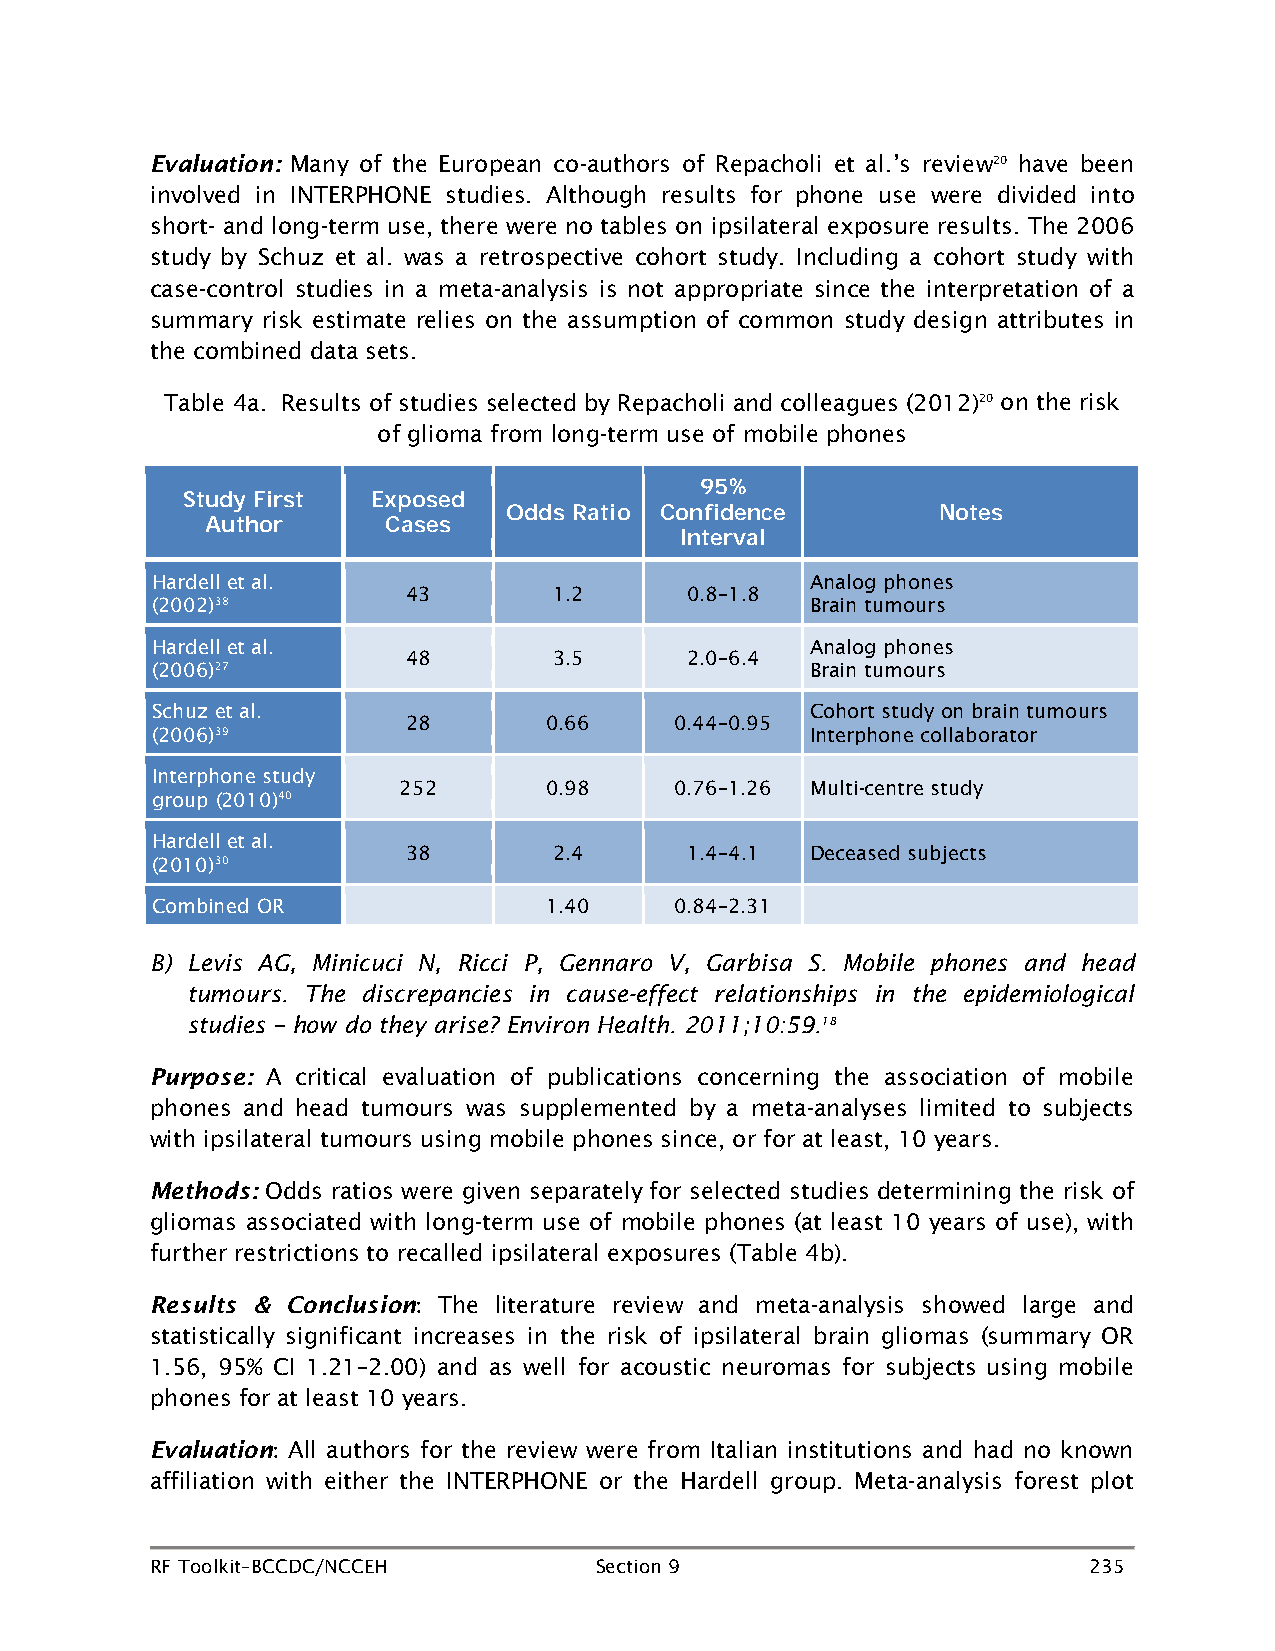
Evaluation: Many of the European co-authors of Repacholi et al.’s review20 have been
 involved in INTERPHONE studies. Although results for phone use were divided into
 short- and long-term use, there were no tables on ipsilateral exposure results. The 2006
 study by Schuz et al. was a retrospective cohort study. Including a cohort study with
 case-control studies in a meta-analysis is not appropriate since the interpretation of a
 summary risk estimate relies on the assumption of common study design attributes in
 the combined data sets.
 Table 4a. Results of studies selected by Repacholi and colleagues (2012)20 on the risk
 of glioma from long-term use of mobile phones
 95%
 Study First  Exposed
 Odds Ratio Confidence       Notes
 Author      Cases
 Interval
 Hardell et al.                              Analog phones
 43        1.2     0.8–1.8
 (2002)38                                    Brain tumours
 Hardell et al.                              Analog phones
 48        3.5     2.0–6.4
 (2006)27                                    Brain tumours
 Schuz et al.                                Cohort study on brain tumours
 28       0.66     0.44–0.95
 (2006)39                                    Interphone collaborator
 Interphone study
 252       0.98     0.76–1.26 Multi-centre study
 group (2010)40
 Hardell et al.
 38        2.4     1.4–4.1  Deceased subjects
 (2010)30
 Combined OR               1.40     0.84–2.31
 B) Levis AG, Minicuci N, Ricci P, Gennaro V, Garbisa S. Mobile phones and head
 tumours. The discrepancies in cause-effect relationships in the epidemiological
 studies – how do they arise? Environ Health. 2011;10:59.18
 Purpose: A critical evaluation of publications concerning the association of mobile
 phones and head tumours was supplemented by a meta-analyses limited to subjects
 with ipsilateral tumours using mobile phones since, or for at least, 10 years.
 Methods: Odds ratios were given separately for selected studies determining the risk of
 gliomas associated with long-term use of mobile phones (at least 10 years of use), with
 further restrictions to recalled ipsilateral exposures (Table 4b).
 Results & Conclusion The literature review and meta-analysis showed large and
 :
 statistically significant increases in the risk of ipsilateral brain gliomas (summary OR
 1.56, 95% CI 1.21–2.00) and as well for acoustic neuromas for subjects using mobile
 phones for at least 10 years.
 Evaluation All authors for the review were from Italian institutions and had no known
 :
 affiliation with either the INTERPHONE or the Hardell group. Meta-analysis forest plot
 RF Toolkit–BCCDC/NCCEH       Section 9                        235